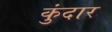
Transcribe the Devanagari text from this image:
कुंदार